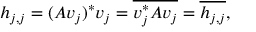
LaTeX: h _ { j , j } = ( A v _ { j } ) ^ { * } v _ { j } = { \overline { { v _ { j } ^ { * } A v _ { j } } } } = { \overline { { h _ { j , j } } } } ,